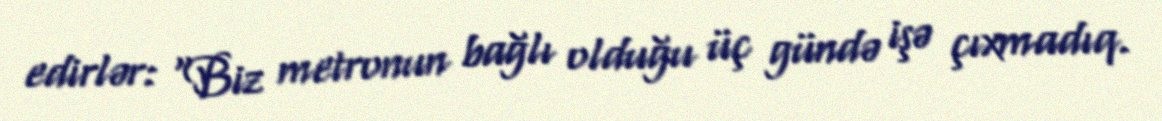
edirlər: “Biz metronun bağlı olduğu üç gündə işə çıxmadıq.